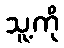
သူ့ကို